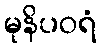
မုနိပဝရံ